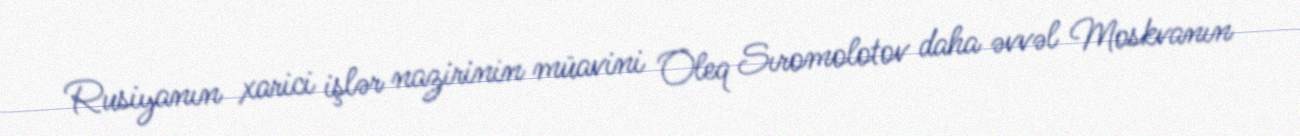
Rusiyanın xarici işlər nazirinin müavini Oleq Sıromolotov daha əvvəl Moskvanın